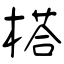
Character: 榙